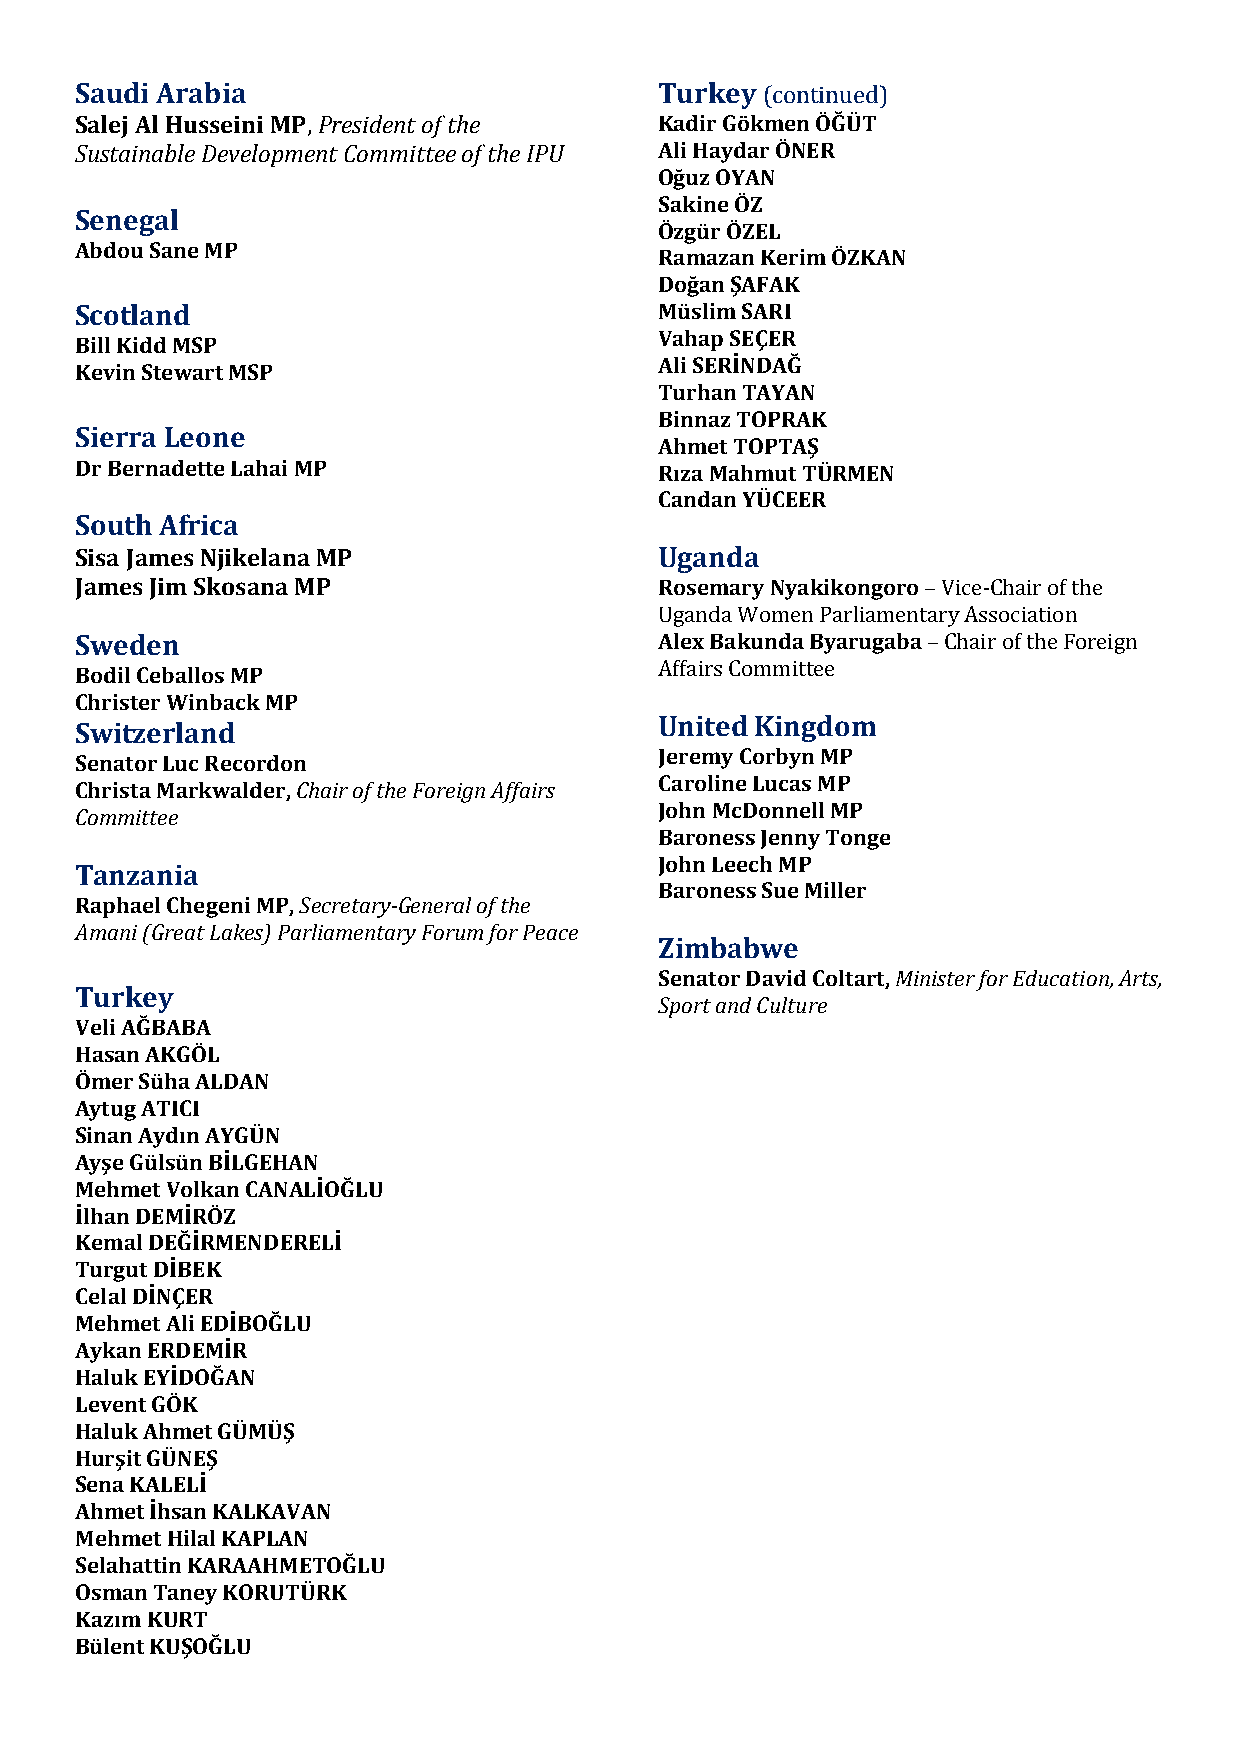
Saudi Arabia                           Turkey (continued)
 Salej Al Husseini MP, President of the Kadir Gökmen ÖĞÜT
 Sustainable Development Committee of the IPU Ali Haydar ÖNER
 Oğuz OYAN
 Sakine ÖZ
 Senegal
 Özgür ÖZEL
 Abdou Sane MP
 Ramazan Kerim ÖZKAN
 Doğan ŞAFAK
 Scotland                               Müslim SARI
 Vahap SEÇER
 Bill Kidd MSP
 Ali SERİNDAĞ
 Kevin Stewart MSP
 Turhan TAYAN
 Binnaz TOPRAK
 Sierra Leone
 Ahmet TOPTAŞ
 Dr Bernadette Lahai MP                 Rıza Mahmut TÜRMEN
 Candan YÜCEER
 South Africa
 Sisa James Njikelana MP                Uganda
 James Jim Skosana MP                   Rosemary Nyakikongoro – Vice-Chair of the
 Uganda Women Parliamentary Association
 Sweden                                 Alex Bakunda Byarugaba – Chair of the Foreign
 Affairs Committee
 Bodil Ceballos MP
 Christer Winback MP
 United Kingdom
 Switzerland
 Jeremy Corbyn MP
 Senator Luc Recordon
 Caroline Lucas MP
 Christa Markwalder, Chair of the Foreign Affairs
 John McDonnell MP
 Committee
 Baroness Jenny Tonge
 John Leech MP
 Tanzania
 Baroness Sue Miller
 Raphael Chegeni MP, Secretary-General of the
 Amani (Great Lakes) Parliamentary Forum for Peace
 Zimbabwe
 Senator David Coltart, Minister for Education, Arts,
 Turkey
 Sport and Culture
 Veli AĞBABA
 Hasan AKGÖL
 Ömer Süha ALDAN
 Aytug ATICI
 Sinan Aydın AYGÜN
 Ayşe Gülsün BİLGEHAN
 Mehmet Volkan CANALİOĞLU
 İlhan DEMİRÖZ
 Kemal DEĞİRMENDERELİ
 Turgut DİBEK
 Celal DİNÇER
 Mehmet Ali EDİBOĞLU
 Aykan ERDEMİR
 Haluk EYİDOĞAN
 Levent GÖK
 Haluk Ahmet GÜMÜŞ
 Hurşit GÜNEŞ
 Sena KALELİ
 Ahmet İhsan KALKAVAN
 Mehmet Hilal KAPLAN
 Selahattin KARAAHMETOĞLU
 Osman Taney KORUTÜRK
 Kazım KURT
 Bülent KUŞOĞLU